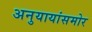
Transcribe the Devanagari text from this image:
अनुयायांसमोर